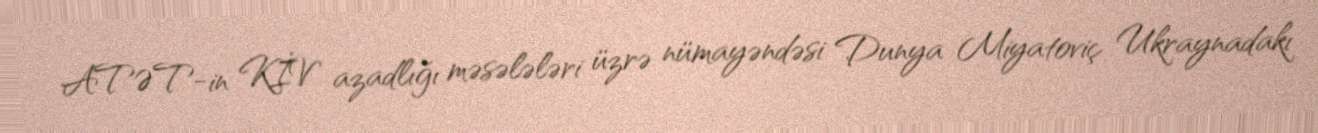
ATƏT-in KİV azadlığı məsələləri üzrə nümayəndəsi Dunya Miyatoviç Ukraynadakı